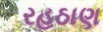
રહઠાણ